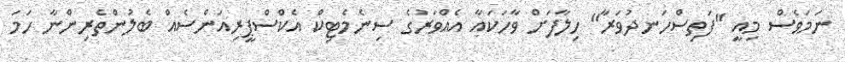
ނަމަވެސް މިއީ "ފަތިސްހަނދުވަރާ" ހިލާފަށް ވާހަކައާ އެއްވަރުގެ ސިނެމެޓިކް އެކްސްޕީރިއަންސެއް ބެލުންތެރިންނާ ހަމަ